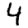
Digit: 4